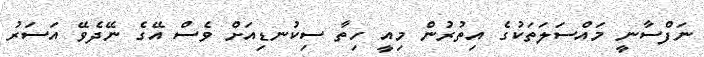
ނަފްސާނީ މައްސަލަތަކުގެ އިތުރުން މިއީ ހިތާ ސިކުނޑިއަށް ވެސް އޭގެ ނޭދެވޭ އަސަރު